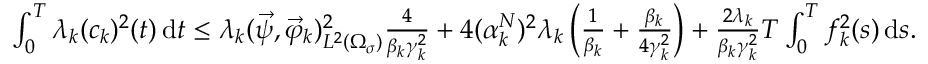
\begin{array} { r } { \int _ { 0 } ^ { T } \lambda _ { k } ( c _ { k } ) ^ { 2 } ( t ) \, \mathrm d t \leq \lambda _ { k } ( \vec { \psi } , \vec { \varphi } _ { k } ) _ { L ^ { 2 } ( \Omega _ { \sigma } ) } ^ { 2 } \frac { 4 } { \beta _ { k } \gamma _ { k } ^ { 2 } } + 4 ( \alpha _ { k } ^ { N } ) ^ { 2 } \lambda _ { k } \left( \frac { 1 } { \beta _ { k } } + \frac { \beta _ { k } } { 4 \gamma _ { k } ^ { 2 } } \right) + \frac { 2 \lambda _ { k } } { \beta _ { k } \gamma _ { k } ^ { 2 } } T \int _ { 0 } ^ { T } f _ { k } ^ { 2 } ( s ) \, \mathrm d s . } \end{array}